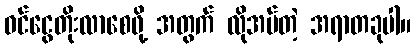
ဝင်ငွေတိုးလာစေဖို့ အတွက် လိုအပ်တဲ့ အရာတခုပါ။